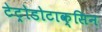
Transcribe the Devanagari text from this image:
टेट्रोडोटाक्सिन